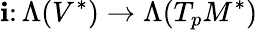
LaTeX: \mathbf{i}\colon\Lambda(V^{*})\to\Lambda(T_{p}M^{*})